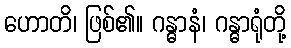
ဟောတိ၊ ဖြစ်၏။ ဂန္ဓာနံ၊ ဂန္ဓာရုံတို့